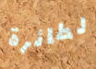
لطائرة